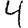
Digit: 4